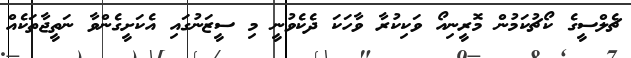
ޗެލްސީގެ ކޯޗުކަމުން މޮރީނިއޯ ވަކިކުރާ ވާހަކަ ދެކެވުނީ މި ސީޒަނުގައި އެކަށީގެންވާ ނަތީޖާތަކެއް